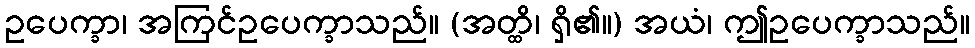
ဥပေက္ခာ၊ အကြင်ဥပေက္ခာသည်။ (အတ္ထိ၊ ရှိ၏။) အယံ၊ ဤဥပေက္ခာသည်။